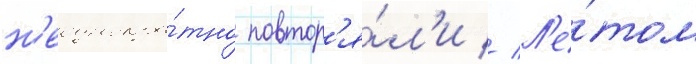
н'еоднокра́тно повтор'я́л'и // Л'е́том